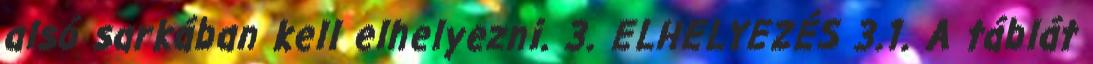
alsó sarkában kell elhelyezni. 3. ELHELYEZÉS 3.1. A táblát